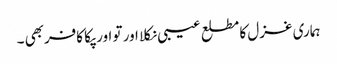
ہماری غزل کا مطلع عیبی نکلا اور تو اور پکا کافربھی ۔